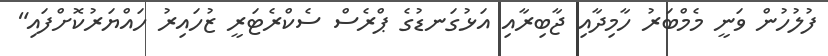
ފުލުހުން ވަނީ މެމްބަރު ހާމިދާއި ޖާބިރާއި އަޅުގަނޑުގެ ޕްރެސް ސެކްރެޓަރީ ޒުހައިރު ހައްޔަރުކޮށްފައި"